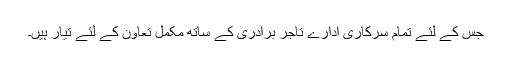
جس کے لئے تمام سرکاری ادارے تاجر برادری کے ساتھ مکمل تعاون کے لئے تیار ہیں۔